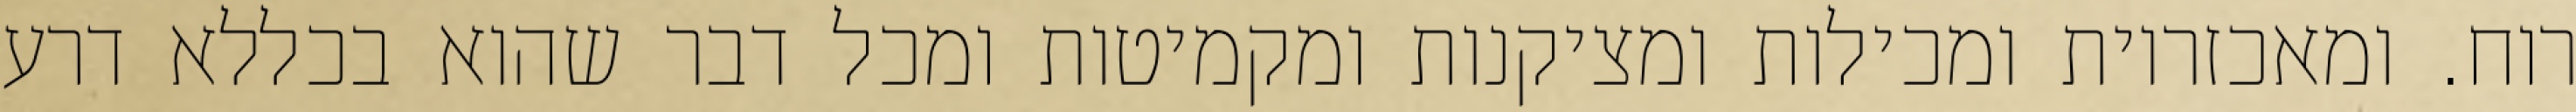
רוח. ומאכזריות ומכילות ומציקנות ומקמיטות ומכל דבר שהוא בכללא דרע